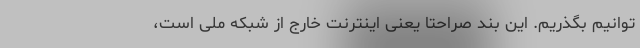
توانیم بگذریم. این بند صراحتاً یعنی اینترنت خارج از شبکه ملی است،